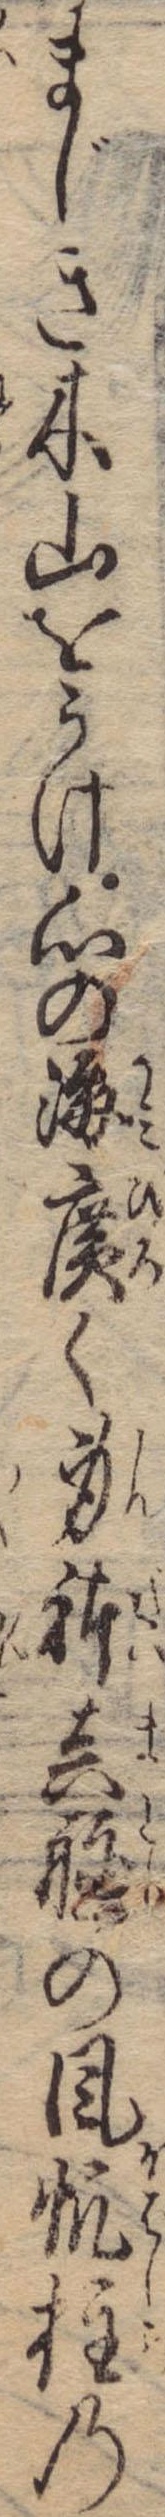
まじき木山をうけ心の海広く身体真艫の風帆柱の